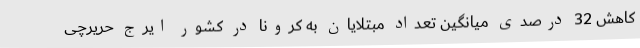
کاهش 32 درصدی میانگین تعداد مبتلایان به کرونا در کشور ایرج حریرچی